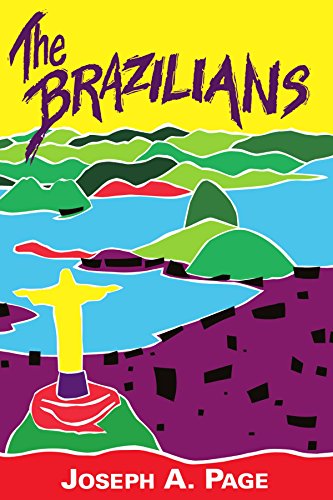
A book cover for The Brazilians; Joseph A. Page; History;